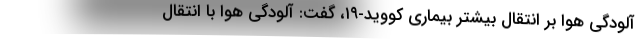
آلودگی هوا بر انتقال بیشتر بیماری کووید-۱۹، گفت: آلودگی هوا با انتقال